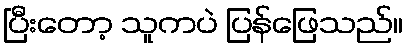
ပြီးတော့ သူကပဲ ပြန်ဖြေသည်။